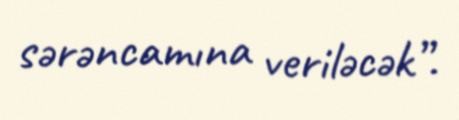
sərəncamına veriləcək”.